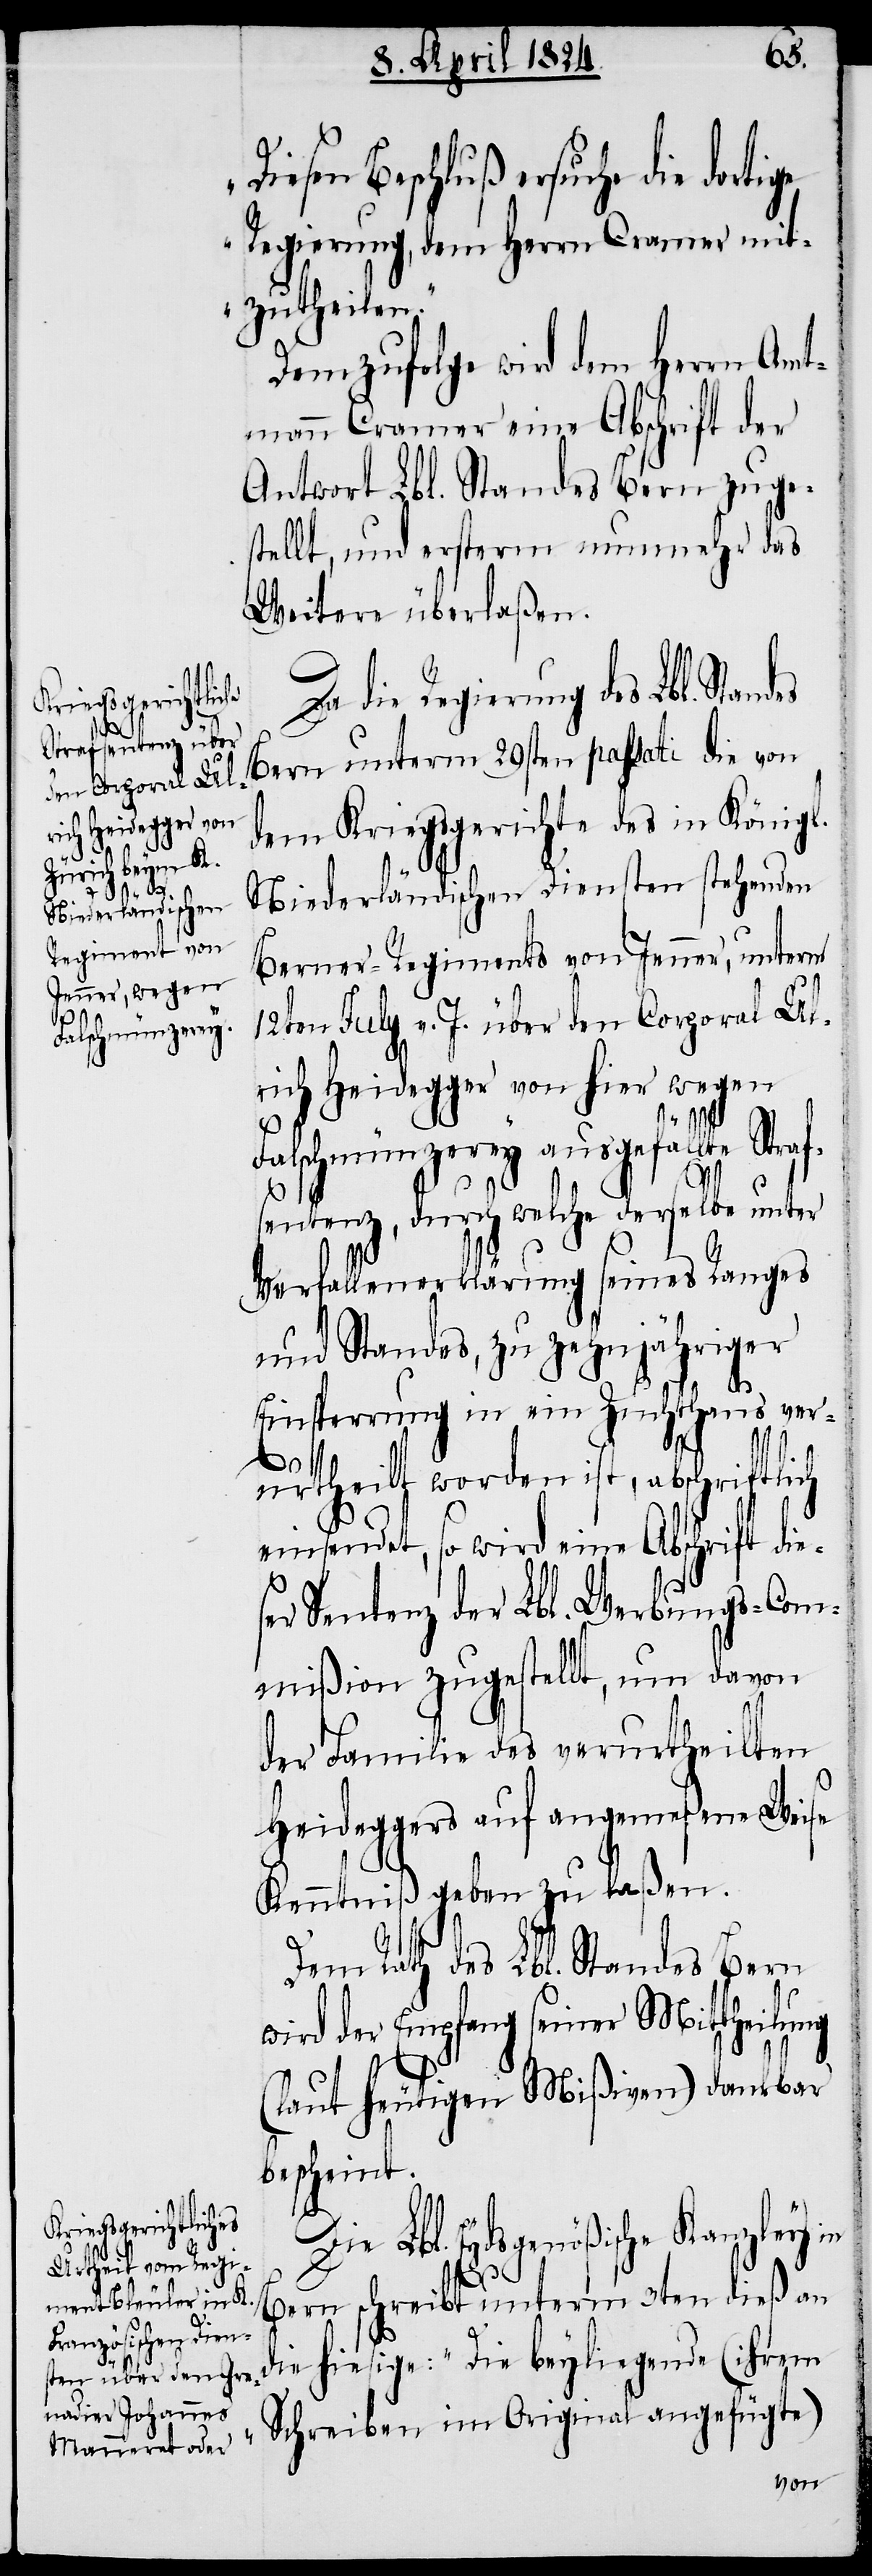
Diesen Beschluß ersuche die
Regierung, dem Herrn Cramer mit¬
zutheilen.“
Demzufolge wird dem Herrn Amt¬
mann Cramer eine Abschrift der
Antwort Lbl. Standes Bern zuge¬
stellt, und ersterm nunmehr das
Weitere überlaßen.
Da die Regierung des Lbl. Stan¬
Bern unterm 29sten passati die von
dem Kreisgerichte des in Königl.
Niederländischen Diensten stehenden
Berner-Regiments von Jenner, unterm
12ten July v. J. über den Corporal Ul¬
rich Heidegger von hier wegen
des
Falschmünzerey ausgefällte Straf¬
sentenz, durch welche derselbe unter
Verfallenerklärung seines Ranges
und Standes, zu zehnjähriger
Einsperrung in ein Zuchthaus ver¬
urtheilt worden ist, abschriftlich
einsendet, so wird eine Abschrift die¬
ser Sentenz der Lbl. Werbungs-Com¬
mißion zugestellt, um davon
der Familie des verurtheilten
Heideggers auf angemeßene Weise
Kenntniß gegeben zu laßen.
Dem Rath des Lbl. Standes Bern
wird der Empfang seiner Mittheilung
(laut heutigen Mißiven) dankbar
bescheint.
Lbl. Eydsgenößische Kanzley in
Bern schreibt unterm 3ten dieß an
die hiesige: „Die beyliegende (ihrem
Schreiben im Original angefügte)